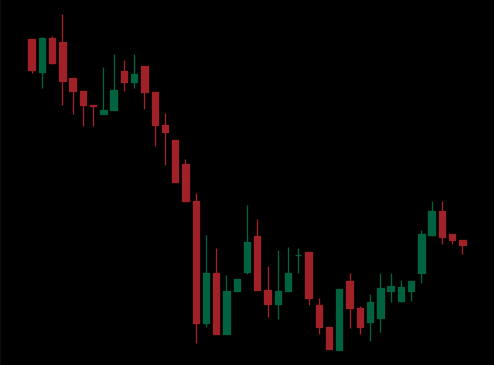
Pattern: bull_flag